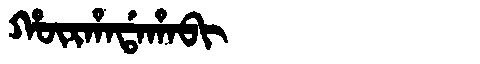
Manchu: ᡥᡡᡵᡥᠠᡩᠠᡥᠠᠪᡳ
Romanization: HŪRHADAHABI